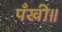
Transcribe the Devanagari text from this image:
पँखी॥